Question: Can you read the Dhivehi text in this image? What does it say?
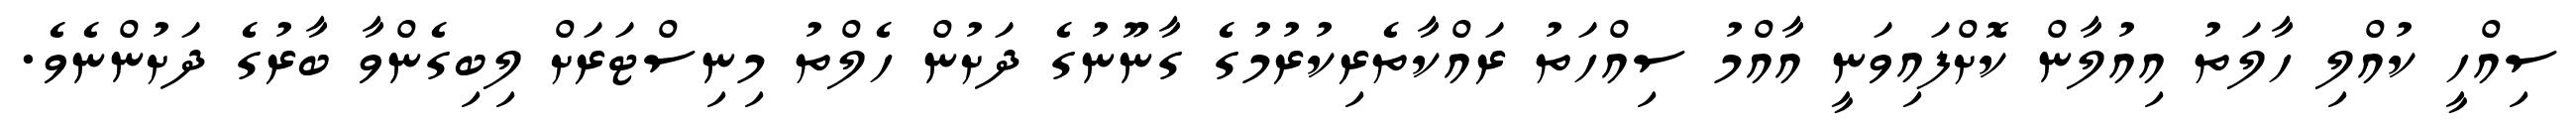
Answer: ސިއްހީ ކުއްލި ހާލަތު އިއުލާން ކޮށްފައިވަނީ އާއްމު ސިއްހަތު ރައްކާތެރިކުރުމުގެ ގާނޫނުގެ ދަށުން ހެލްތު މިނިސްޓަރަށް ލިބިގެންވާ ބާރުގެ ދަށުންނެވެ.